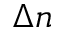
\Delta n